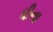
ધીના